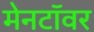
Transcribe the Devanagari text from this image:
मेनटॉवर